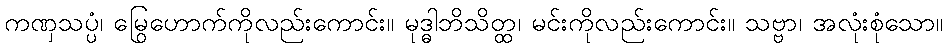
ကဏှသပ္ပံ၊ မြွေဟောက်ကိုလည်းကောင်း။ မုဒ္ဓါဘိသိတ္ထ၊ မင်းကိုလည်းကောင်း။ သဗ္ဗာ၊ အလုံးစုံသော။